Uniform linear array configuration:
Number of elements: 24
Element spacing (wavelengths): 0.25
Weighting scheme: hamming
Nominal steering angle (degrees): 0
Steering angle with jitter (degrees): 1.267
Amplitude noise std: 0.05
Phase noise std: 0.05

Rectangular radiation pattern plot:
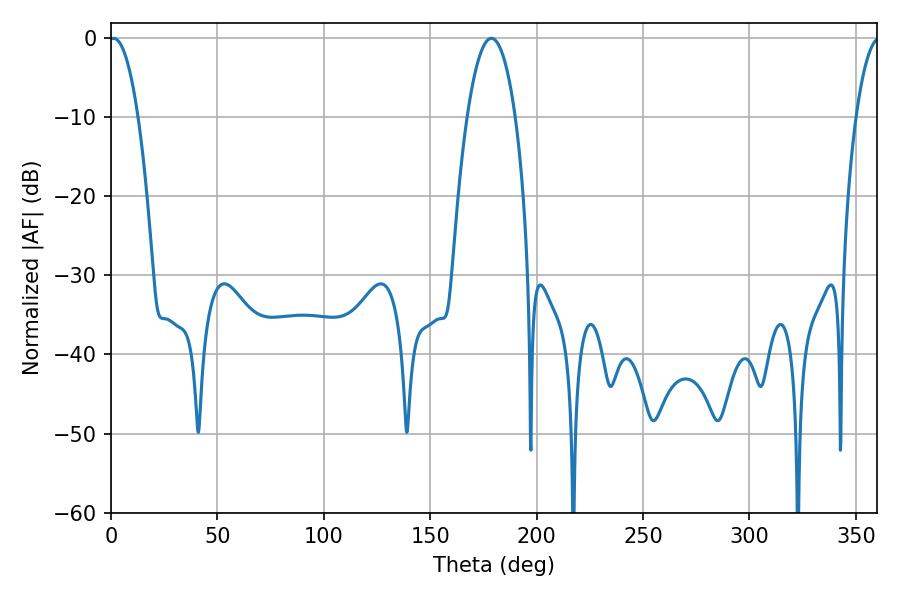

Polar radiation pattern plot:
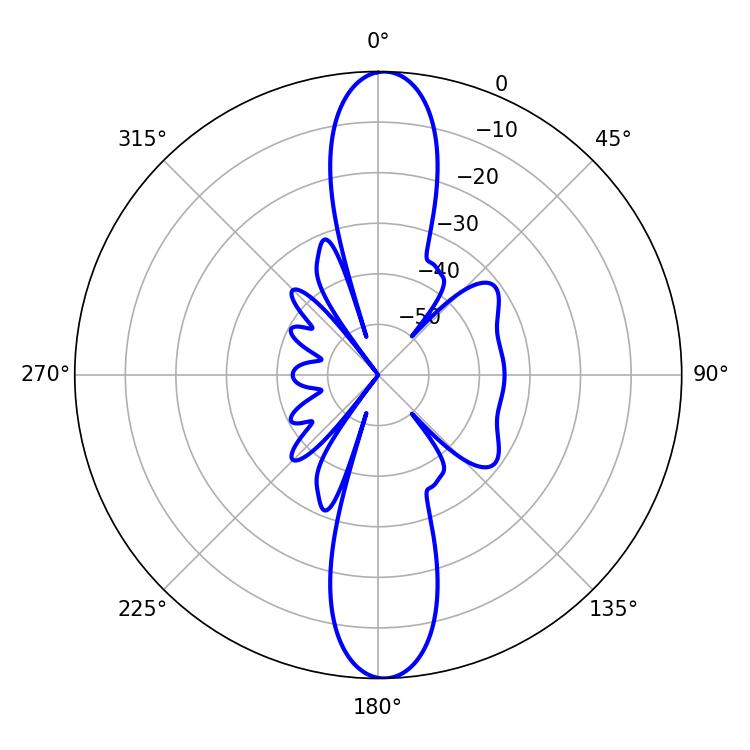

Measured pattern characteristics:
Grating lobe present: FALSE
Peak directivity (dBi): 22.438
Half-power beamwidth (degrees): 7.56
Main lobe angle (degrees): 1.26